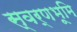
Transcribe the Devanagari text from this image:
स्वर्णभूमि